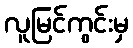
လူမြင်ကွင်းမှ